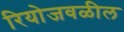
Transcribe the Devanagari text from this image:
रियोजवळील